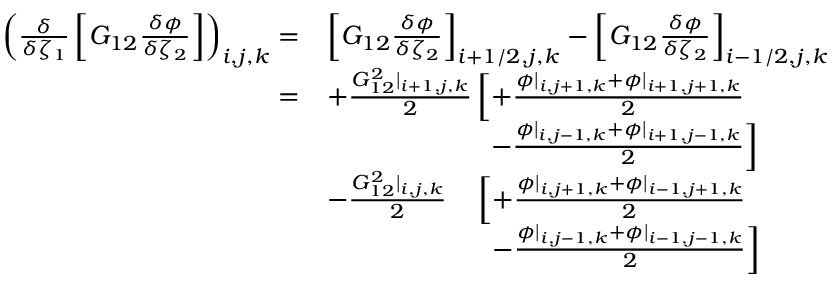
\begin{array} { r l } { \left( \frac { \delta } { \delta \zeta _ { 1 } } \left[ G _ { 1 2 } \frac { \delta \phi } { \delta \zeta _ { 2 } } \right] \right) _ { i , j , k } = } & { \left[ G _ { 1 2 } \frac { \delta \phi } { \delta \zeta _ { 2 } } \right] _ { i + 1 / 2 , j , k } - \left[ G _ { 1 2 } \frac { \delta \phi } { \delta \zeta _ { 2 } } \right] _ { i - 1 / 2 , j , k } } \\ { = } & { + \frac { G _ { 1 2 } ^ { 2 } | _ { i + 1 , j , k } } { 2 } \left[ + \frac { \phi | _ { i , j + 1 , k } + \phi | _ { i + 1 , j + 1 , k } } { 2 } \right. } \\ & { \qquad \qquad \qquad \left. - \frac { \phi | _ { i , j - 1 , k } + \phi | _ { i + 1 , j - 1 , k } } { 2 } \right] } \\ & { - \frac { G _ { 1 2 } ^ { 2 } | _ { i , j , k } } { 2 } \quad \left[ + \frac { \phi | _ { i , j + 1 , k } + \phi | _ { i - 1 , j + 1 , k } } { 2 } \right. } \\ & { \quad \qquad \qquad \: \: \: \: \, \left. - \frac { \phi | _ { i , j - 1 , k } + \phi | _ { i - 1 , j - 1 , k } } { 2 } \right] } \end{array}